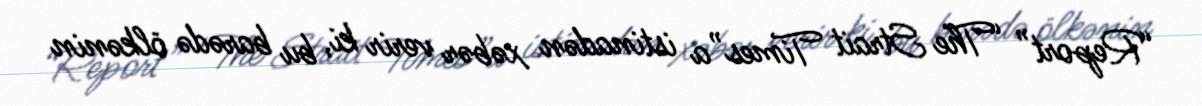
“Report” “The Strait Times”a istinadən xəbər verir ki, bu barədə ölkənin